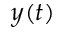
y ( t )